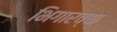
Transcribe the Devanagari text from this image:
भिगारच्या